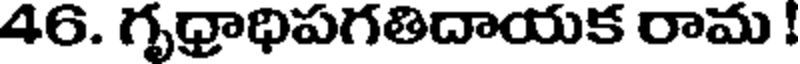
46. గృధ్రాధిపగతిదాయక రామ !